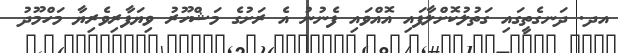
އދ. ދަނގެތީގައި ގަތުލުކޮށްލާފައި އޮއްވައި ފެނުނު އެ ރަށުގެ މަޝްހޫރު ވިޔަފާރިވެރިޔާ މަހްމޫދު